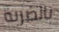
بالضربة